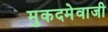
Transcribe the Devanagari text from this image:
मुकदमेवाजी